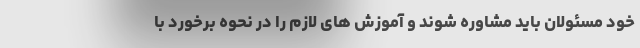
خود مسئولان باید مشاوره شوند و آموزش های لازم را در نحوه برخورد با